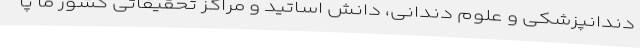
دندانپزشکی و علوم دندانی، دانش اساتید و مراکز تحقیقاتی کشور ما پا